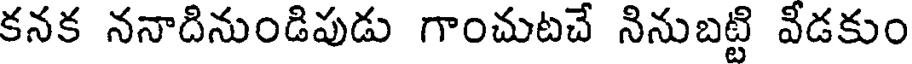
కనక ననాదినుండిపుడు గాంచుటచే నినుబట్టి వీడకుం